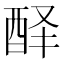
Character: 𰼅